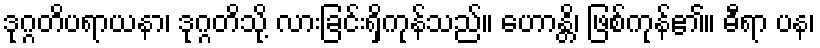
ဒုဂ္ဂတိပရာယနာ၊ ဒုဂ္ဂတိသို့ လားခြင်းရှိကုန်သည်။ ဟောန္တိ၊ ဖြစ်ကုန်၏။ ဓီရာ ပန၊